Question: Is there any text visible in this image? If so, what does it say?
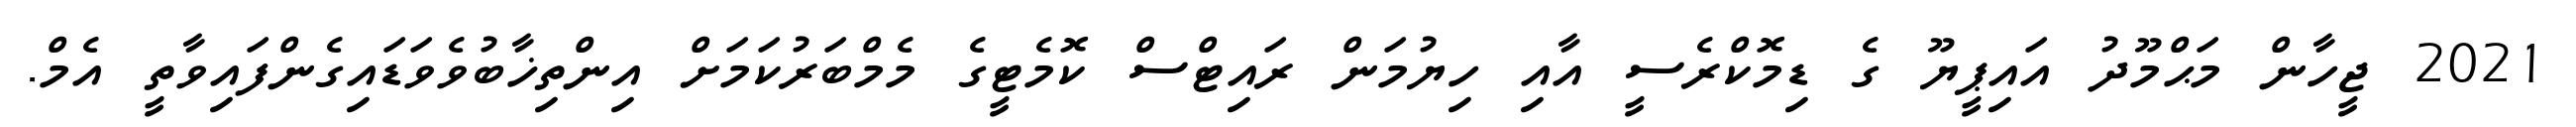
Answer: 2021 ޖީހާން މަޙްމޫދު އައިޕީޔޫ ގެ ޑިމޮކްރެސީ އާއި ހިޔުމަން ރައިޓްސް ކޮމެޓީގެ މެމްބަރުކަމަށް އިންތިޚާބުވެވަޑައިގެންފައިވާތީ އެމް.